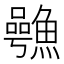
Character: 𮬋